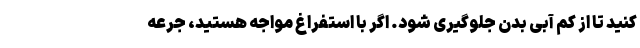
کنید تا از کم آبی بدن جلوگیری شود. اگر با استفراغ مواجه هستید، جرعه